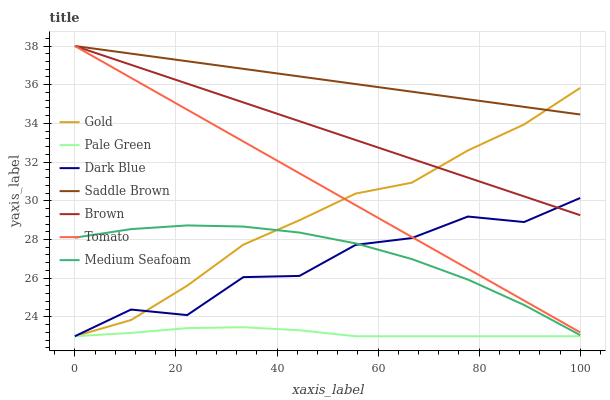
| xaxis_label | Gold | Pale Green | Dark Blue | Saddle Brown | Brown | Tomato | Medium Seafoam |
 | --- | --- | --- | --- | --- | --- | --- | --- |
 | 0 | 23 | 23 | 23 | 38 | 38 | 38 | 28.1 |
 | 11.1 | 23.8 | 23.2 | 24.4 | 37.6 | 37 | 36.4 | 28.5 |
 | 22.2 | 25.6 | 23.4 | 24.1 | 37.2 | 36.1 | 34.7 | 28.7 |
 | 33.3 | 27.7 | 23.5 | 26.1 | 36.8 | 35.1 | 33.1 | 28.7 |
 | 44.4 | 29 | 23.3 | 26.1 | 36.4 | 34.1 | 31.4 | 28.4 |
 | 55.6 | 30.4 | 23 | 27.7 | 36 | 33.1 | 29.8 | 27.8 |
 | 66.7 | 30.9 | 23 | 28.1 | 35.6 | 32.2 | 28.1 | 27 |
 | 77.8 | 32.6 | 23 | 29.2 | 35.2 | 31.2 | 26.5 | 25.9 |
 | 88.9 | 33.9 | 23 | 28.9 | 34.9 | 30.2 | 24.8 | 24.6 |
 | 100 | 35.8 | 23 | 30.1 | 34.5 | 29.3 | 23.2 | 23.1 |